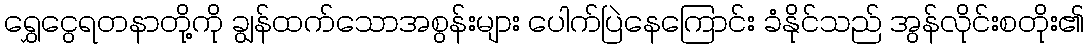
ရွှေငွေရတနာတို့ကို ချွန်ထက်သောအစွန်းများ ပေါက်ပြဲနေကြောင်း ခံနိုင်သည် အွန်လိုင်းစတိုး၏